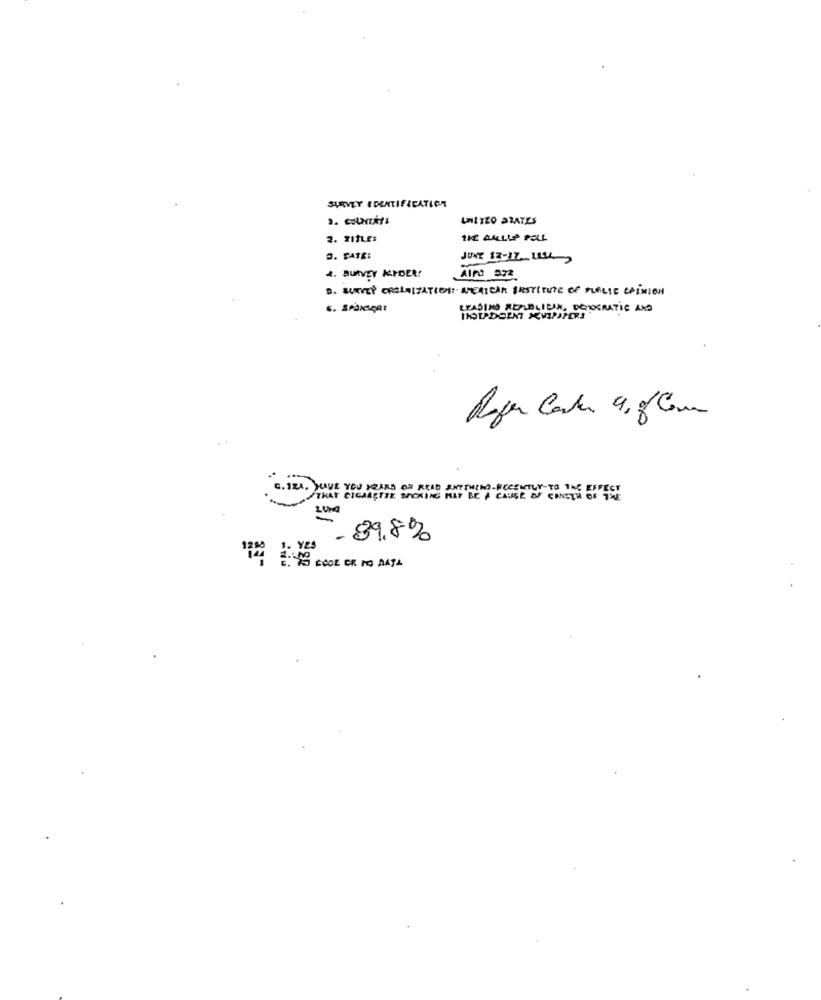
SURVEY IDENTIFICATICT
UNITED STATES
2. TITLE:
THE BULLY POLL
JUNE 12-12- UL-
4. BUAVEY KAPDER!
AIFO 372
READING REPUBLICIK, DEMOCRATIC AND
Regen Cada 9,8 Com
=. 121. JUIVE YOU HEARD OR READ ENTIWIND RECENTLY TO THE EFFECT
THAT CICHAETTE
-89.8%
1. YES
124 2:45 COOL OR NO DATA